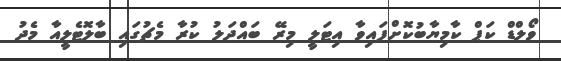
ވޯލްޑް ކަޕް ކާމިޔާބުކޮށްފައިވާ އިޓަލީ މިރޭ ބައްދަލު ކުރާ މެޗުގައި ބާލޮޓެލީއާ މެދު